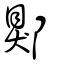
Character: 郹